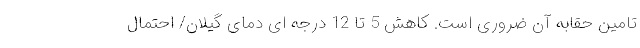
تامین حقابه آن ضروری است. کاهش 5 تا 12 درجه ای دمای گیلان/ احتمال